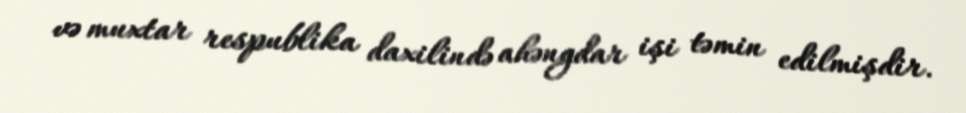
və muxtar respublika daxilində ahəngdar işi təmin edilmişdir.